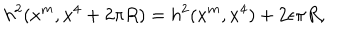
h ^ { 2 } ( x ^ { m } , x ^ { 4 } + 2 \pi R ) = h ^ { 2 } ( x ^ { m } , x ^ { 4 } ) + 2 \epsilon \pi R ,